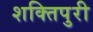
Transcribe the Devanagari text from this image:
शक्तिपुरी